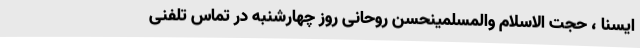
ایسنا ، حجت الاسلام والمسلمینحسن روحانی روز چهارشنبه در تماس تلفنی